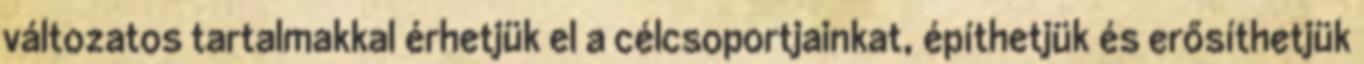
változatos tartalmakkal érhetjük el a célcsoportjainkat, építhetjük és erősíthetjük